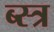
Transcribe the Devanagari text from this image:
ब्स्त्र